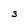
Character: 3